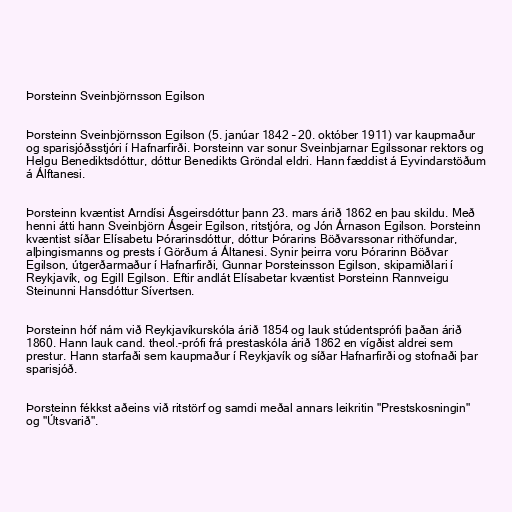
Þorsteinn Sveinbjörnsson Egilson

Þorsteinn Sveinbjörnsson Egilson (5. janúar 1842 – 20. október 1911) var kaupmaður
og sparisjóðsstjóri í Hafnarfirði. Þorsteinn var sonur Sveinbjarnar Egilssonar rektors og
Helgu Benediktsdóttur, dóttur Benedikts Gröndal eldri. Hann fæddist á Eyvindarstöðum
á Álftanesi.

Þorsteinn kvæntist Arndísi Ásgeirsdóttur þann 23. mars árið 1862 en þau skildu. Með
henni átti hann Sveinbjörn Ásgeir Egilson, ritstjóra, og Jón Árnason Egilson. Þorsteinn
kvæntist síðar Elísabetu Þórarinsdóttur, dóttur Þórarins Böðvarssonar rithöfundar,
alþingismanns og prests í Görðum á Áltanesi. Synir þeirra voru Þórarinn Böðvar
Egilson, útgerðarmaður í Hafnarfirði, Gunnar Þorsteinsson Egilson, skipamiðlari í
Reykjavík, og Egill Egilson. Eftir andlát Elísabetar kvæntist Þorsteinn Rannveigu
Steinunni Hansdóttur Sívertsen.

Þorsteinn hóf nám við Reykjavíkurskóla árið 1854 og lauk stúdentsprófi þaðan árið
1860. Hann lauk cand. theol.-prófi frá prestaskóla árið 1862 en vígðist aldrei sem
prestur. Hann starfaði sem kaupmaður í Reykjavík og síðar Hafnarfirði og stofnaði þar
sparisjóð.

Þorsteinn fékkst aðeins við ritstörf og samdi meðal annars leikritin "Prestskosningin"
og "Útsvarið".